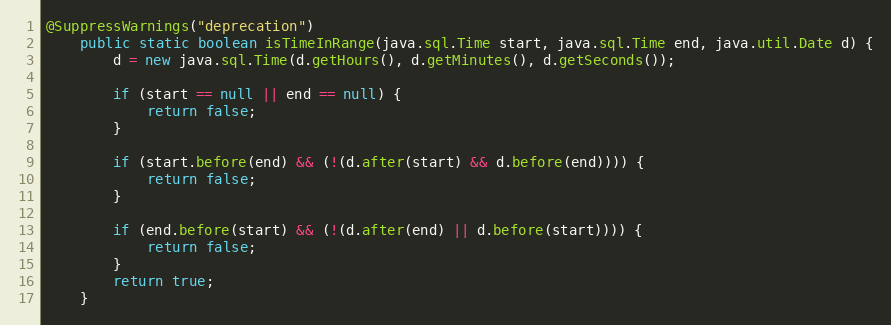
Language: Java
@SuppressWarnings("deprecation")
	public static boolean isTimeInRange(java.sql.Time start, java.sql.Time end, java.util.Date d) {
        d = new java.sql.Time(d.getHours(), d.getMinutes(), d.getSeconds());

        if (start == null || end == null) {
            return false;
        }

        if (start.before(end) && (!(d.after(start) && d.before(end)))) {
            return false;
        }

        if (end.before(start) && (!(d.after(end) || d.before(start)))) {
            return false;
        }
        return true;
    }